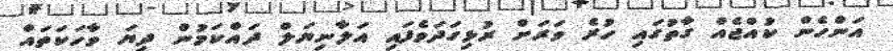
އަންހެން ކުއްޖެއް ގާތުގައި ހުރެ ވަރަށް ރުޅިގަދަވެފައި އަލާނިޔަލް ދައްކަމުން ދިޔަ ވާހަކަތައް